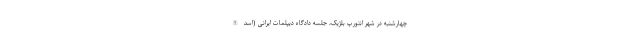
چهارشنبه در شهر انتورپ بلژیک، جلسه دادگاه دیپلمات ایرانی (اسدالله